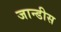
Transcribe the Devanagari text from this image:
जान्डीस